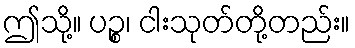
ဤသို့။ ပဉ္စ၊ ငါးသုတ်တို့တည်း။